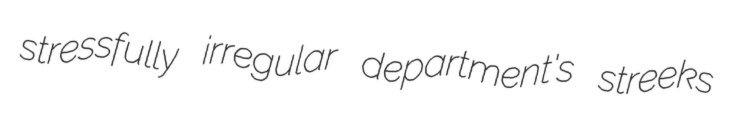
stressfully irregular department's streeks